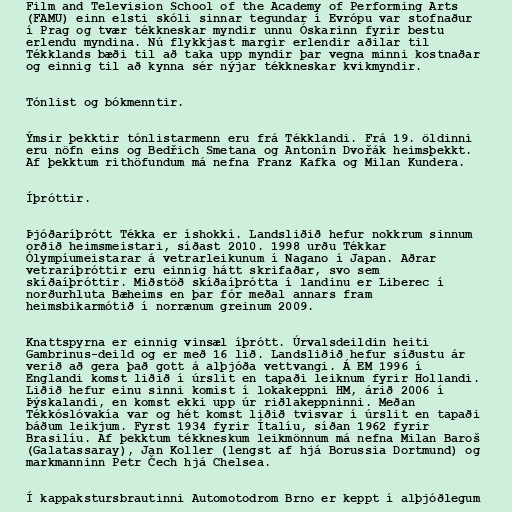
Film and Television School of the Academy of Performing Arts
(FAMU) einn elsti skóli sinnar tegundar í Evrópu var stofnaður
í Prag og tvær tékkneskar myndir unnu Óskarinn fyrir bestu
erlendu myndina. Nú flykkjast margir erlendir aðilar til
Tékklands bæði til að taka upp myndir þar vegna minni kostnaðar
og einnig til að kynna sér nýjar tékkneskar kvikmyndir.

Tónlist og bókmenntir.

Ýmsir þekktir tónlistarmenn eru frá Tékklandi. Frá 19. öldinni
eru nöfn eins og Bedřich Smetana og Antonín Dvořák heimsþekkt.
Af þekktum rithöfundum má nefna Franz Kafka og Milan Kundera.

Íþróttir.

Þjóðaríþrótt Tékka er íshokkí. Landsliðið hefur nokkrum sinnum
orðið heimsmeistari, síðast 2010. 1998 urðu Tékkar
Ólympíumeistarar á vetrarleikunum í Nagano í Japan. Aðrar
vetraríþróttir eru einnig hátt skrifaðar, svo sem
skíðaíþróttir. Miðstöð skíðaíþrótta í landinu er Liberec í
norðurhluta Bæheims en þar fór meðal annars fram
heimsbikarmótið í norrænum greinum 2009.

Knattspyrna er einnig vinsæl íþrótt. Úrvalsdeildin heiti
Gambrinus-deild og er með 16 lið. Landsliðið hefur síðustu ár
verið að gera það gott á alþjóða vettvangi. Á EM 1996 í
Englandi komst liðið í úrslit en tapaði leiknum fyrir Hollandi.
Liðið hefur einu sinni komist í lokakeppni HM, árið 2006 í
Þýskalandi, en komst ekki upp úr riðlakeppninni. Meðan
Tékkóslóvakía var og hét komst liðið tvisvar í úrslit en tapaði
báðum leikjum. Fyrst 1934 fyrir Ítalíu, síðan 1962 fyrir
Brasilíu. Af þekktum tékkneskum leikmönnum má nefna Milan Baroš
(Galatassaray), Jan Koller (lengst af hjá Borussia Dortmund) og
markmanninn Petr Čech hjá Chelsea.

Í kappakstursbrautinni Automotodrom Brno er keppt í alþjóðlegum